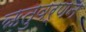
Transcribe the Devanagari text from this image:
ऋतुवर्णन